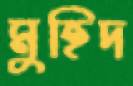
মুহিদ